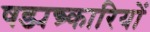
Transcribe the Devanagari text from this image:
षड्यन्त्र्कारियों